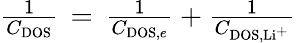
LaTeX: \begin{array}{r}{\frac{1}{C_{\mathrm{DOS}}}\, =\, \frac{1}{C_{\mathrm{DOS},e}}+\frac{1}{C_{\mathrm{DOS},\mathrm{Li^{+}}}}}\end{array}